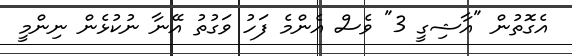
އެގޮތުން "އާޝިގީ 3" ވެސް އެންމެ ފަހު ވަގުތު އޭނާ ނުކުޅެން ނިންމީ